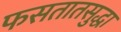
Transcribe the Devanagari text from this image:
फसतातसुद्धा